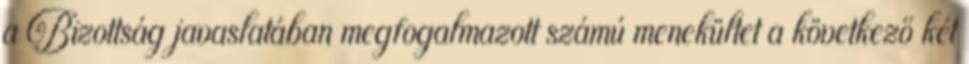
a Bizottság javaslatában megfogalmazott számú menekültet a következő két